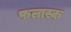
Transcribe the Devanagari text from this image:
फलास्क